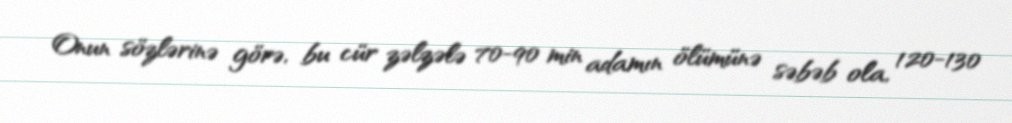
Onun sözlərinə görə, bu cür zəlzələ 70-90 min adamın ölümünə səbəb ola, 120-130